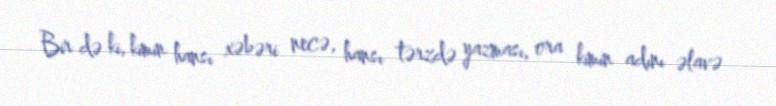
Bir də ki, kimin hansı xəbəri necə, hansı tərzdə yazması, ora kimin adını əlavə